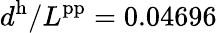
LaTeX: d^{\mathrm{h}}/L^{\mathrm{pp}}=0.04696